Lunatic asylums in Bengal annual reports 1899-1911 - 1899-1911
Year: 1899
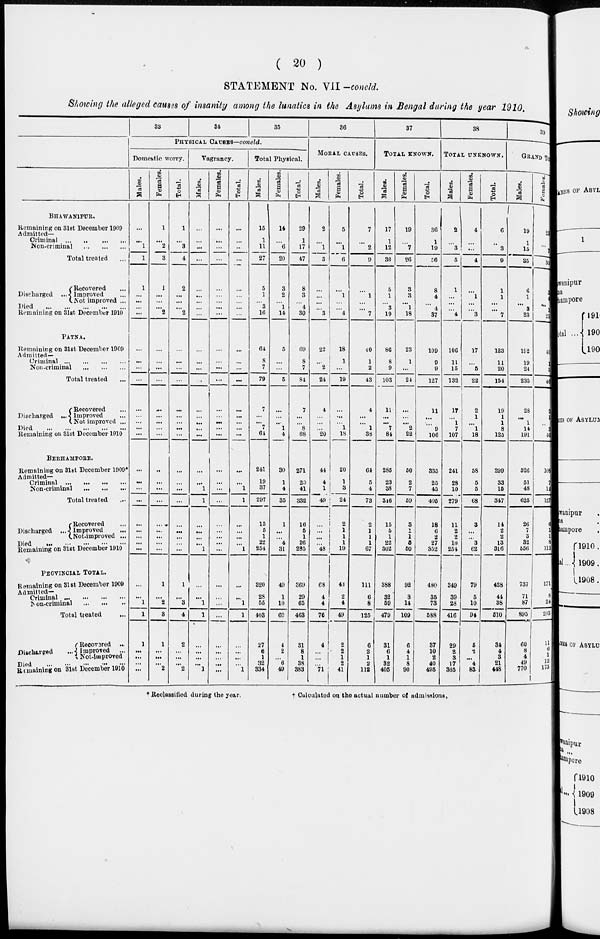
( 20 )
STATEMENT No. VII -concld.
Showing the alleged causes of insanity among the lunatics in the Asylums in Bengal during the year 1910,
BHAWANIPUR.
Remaining on 31st December 1909
Admitted—
Criminal
...
...
...
...
Non-criminal ... ... ...
Total treated ...
Discharged
Recovered ...
Improved
Not improved ...
Died
...
...
...
...
...
Remaining on 31st December 1910
PATNA.
Remaining on 31st December 1909
Admitted—
Criminal
...
...
...
...
Non-criminal
...
...
...
Total treated ...
Discharged ...
Recovered ...
Improved ...
Not improved ...
Died
...
...
...
...
...
Remaining on 31st December 1910
BERHAMPORE.
Remaining on 31st December 1909*
Admitted-
Criminal
...
...
...
...
Non-criminal
...
...
...
Total treated ...
Discharged ...
Recovered ...
Improved ...
Not-improved ...
Died
...
...
...
...
...
Remaining on 3lst December 1910
PEOVINCIAL TOTAL.
Remaining on 31st December 1909
Admitted-
Criminal ... ... ... ...
Non-criminal
...
...
...
Total treated
Discharged ...
Recovered ...
Improved ...
Not-improved
Died ... ... ... ... ...
Remaining on 31st December 1910
33
Si
35
PHYSICAL CAUSES—concld.
Domestic worry.
Hales.
...
...
1
1
1
...
...
...
...
...
...
...
...
...
...
...
...
...
...
...
...
...
...
...
...
...
...
...
...
1
1
1
...
...
...
...
Females.
1
...
2
3
1
...
...
...
2
...
...
...
...
...
...
...
...
...
..
...
...
...
...
...
...
...
...
1
...
2
3
1
...
...
...
2
Total.
1
...
3
4
2
...
...
...
2
...
...
...
...
...
...
...
...
...
...
...
...
...
...
...
...
...
...
1
...
3
4
2
...
...
...
2
Vagrancy.
Males.
...
...
...
...
...
...
...
...
...
...
...
...
...
...
...
...
...
...
...
1
1
...
...
...
...
1
...
...
1
1
...
...
...
...
1
Females.
...
...
...
...
...
...
...
...
...
...
...
...
...
...
...
...
...
...
...
...
...
...
...
...
...
...
...
...
...
...
...
...
...
...
...
...
Total.
...
...
...
...
...
...
...
...
...
...
...
...
...
...
...
...
...
... 1
1
...
...
...
...
1
...
...
1
1
...
...
...
...
1
Total Physical.
Males.
15
1
11
27
5
1
...
3
16
64
8
7
79
7
...
...
7
61
241
19
37
297
15
5
1
22
254
320
28
55
403
27
6
1
32
334
Females.
14
...
6
20
3
2
...
1
14
5
...
...
5
...
...
... 1
4
30
1
4
35
1
...
...
4
31
49
1
10
60
4
2
...
6
49
Total.
29
1
17
47
8
3
...
4
30
69
8
7
84
7
...
... 8
88
271
20
41
332
16
5
1
26
285
369
29
65
463
31
8
1
38
383
36
MORAL CAUSES.
Males.
2
...
1
3
...
...
...
...
3
22
...
2
24
4
...
...
...
20
44
4
1
49
...
...
...
...
48
68
4
4
76
4
...
...
...
71
Females.
5
...
1
6
...
1
...
...
4
18
1
...
19
...
...
...
1
18
20
1
3
24
2
1
1
1
19
43
2
4
49
2
2
1
2
41
Total.
7
...
2
9
...
1
...
...
7
40
1
2
43
4
...
... 1
38
64
5
4
73
2
1
1
1
67
111
6
8
125
6
2
1
2
112
37
TOTAL KNOWN.
Males.
17
1
12
30
5
1
...
3
19
86
8
9
103
11
...
...
7
84
285
23
38
346
15
5
1
22
302
388
32
59
479
31
6
1
32
405
Females.
19
...
7
26
3
3
...
1
18
23
1
...
24
...
...
... 2
22
50
2
7
59
3
1
1
5
50
92
3
14
109
6
4
1
8
90
Total.
36
1
19
56
8
4
...
4
37
109
9
9
127
11
...
...
9
106
335
25
45
405
18
6
2
27
352
480
35
73
588
37
10
2
40
495
38
TOTAL UNKNOWN.
Males.
2
...
3
5
1
...
...
...
4
106
11
15
132
17
...
1
7
107
241
28
10
279
11
2
2
10
254
349
39
28
416
29
2
3
17
365
Females.
4
...
...
4
...
1
...
...
3
17
...
5
22
2
1
... 1
18
58
5
5
68
3
...
...
3
62
79
5
10
94
5
2
...
4
83
Total.
6
...
3
9
1
1
...
...
7
123
11
20
154
19
1
1
8
125
299
33
15
347
14
2
2
13
316
428
44
38
510
34
4
3
21
448
GRAND TOTAL
Males.
19
1
15
35
6
1
...
3
23
192
19
24
235
28
...
1
14
191
526
51
48
625
26
7
3
32
556
737
71
87
895
60
8
4
49
770
39
Females.
23
...
7
30
3
4
...
1
21
40
1
5
46
2
1
...
3
40
108
7
12
127
6
1
1
8
112
171
8
24
203
11
6
1
12
173
* Reclassified during the year.
† Culculated on the actual number of admissions,